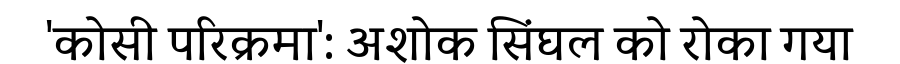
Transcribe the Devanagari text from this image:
'कोसी परिक्रमा': अशोक सिंघल को रोका गया